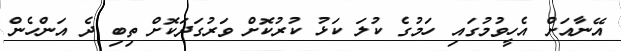
އޭނާއަށް އެހީވުމުގައި ހަމުގެ ކުލަ ކަޅު ކުރުކޮށް ވަރުގަދަކޮށް ތިބި ދެ އަންހެން